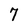
Character: 7